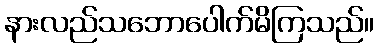
နားလည်သဘောပေါက်မိကြသည်။